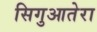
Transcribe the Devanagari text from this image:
सिगुआतेरा